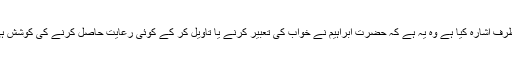
بلکہ جس طرف اشارہ کیا ہے وہ یہ ہے کہ حضرت ابراہیم نے خواب کی تعبیر کرنے یا تاویل کر کے کوئی رعایت حاصل کرنے کی کوشش ہی نہیں کی۔